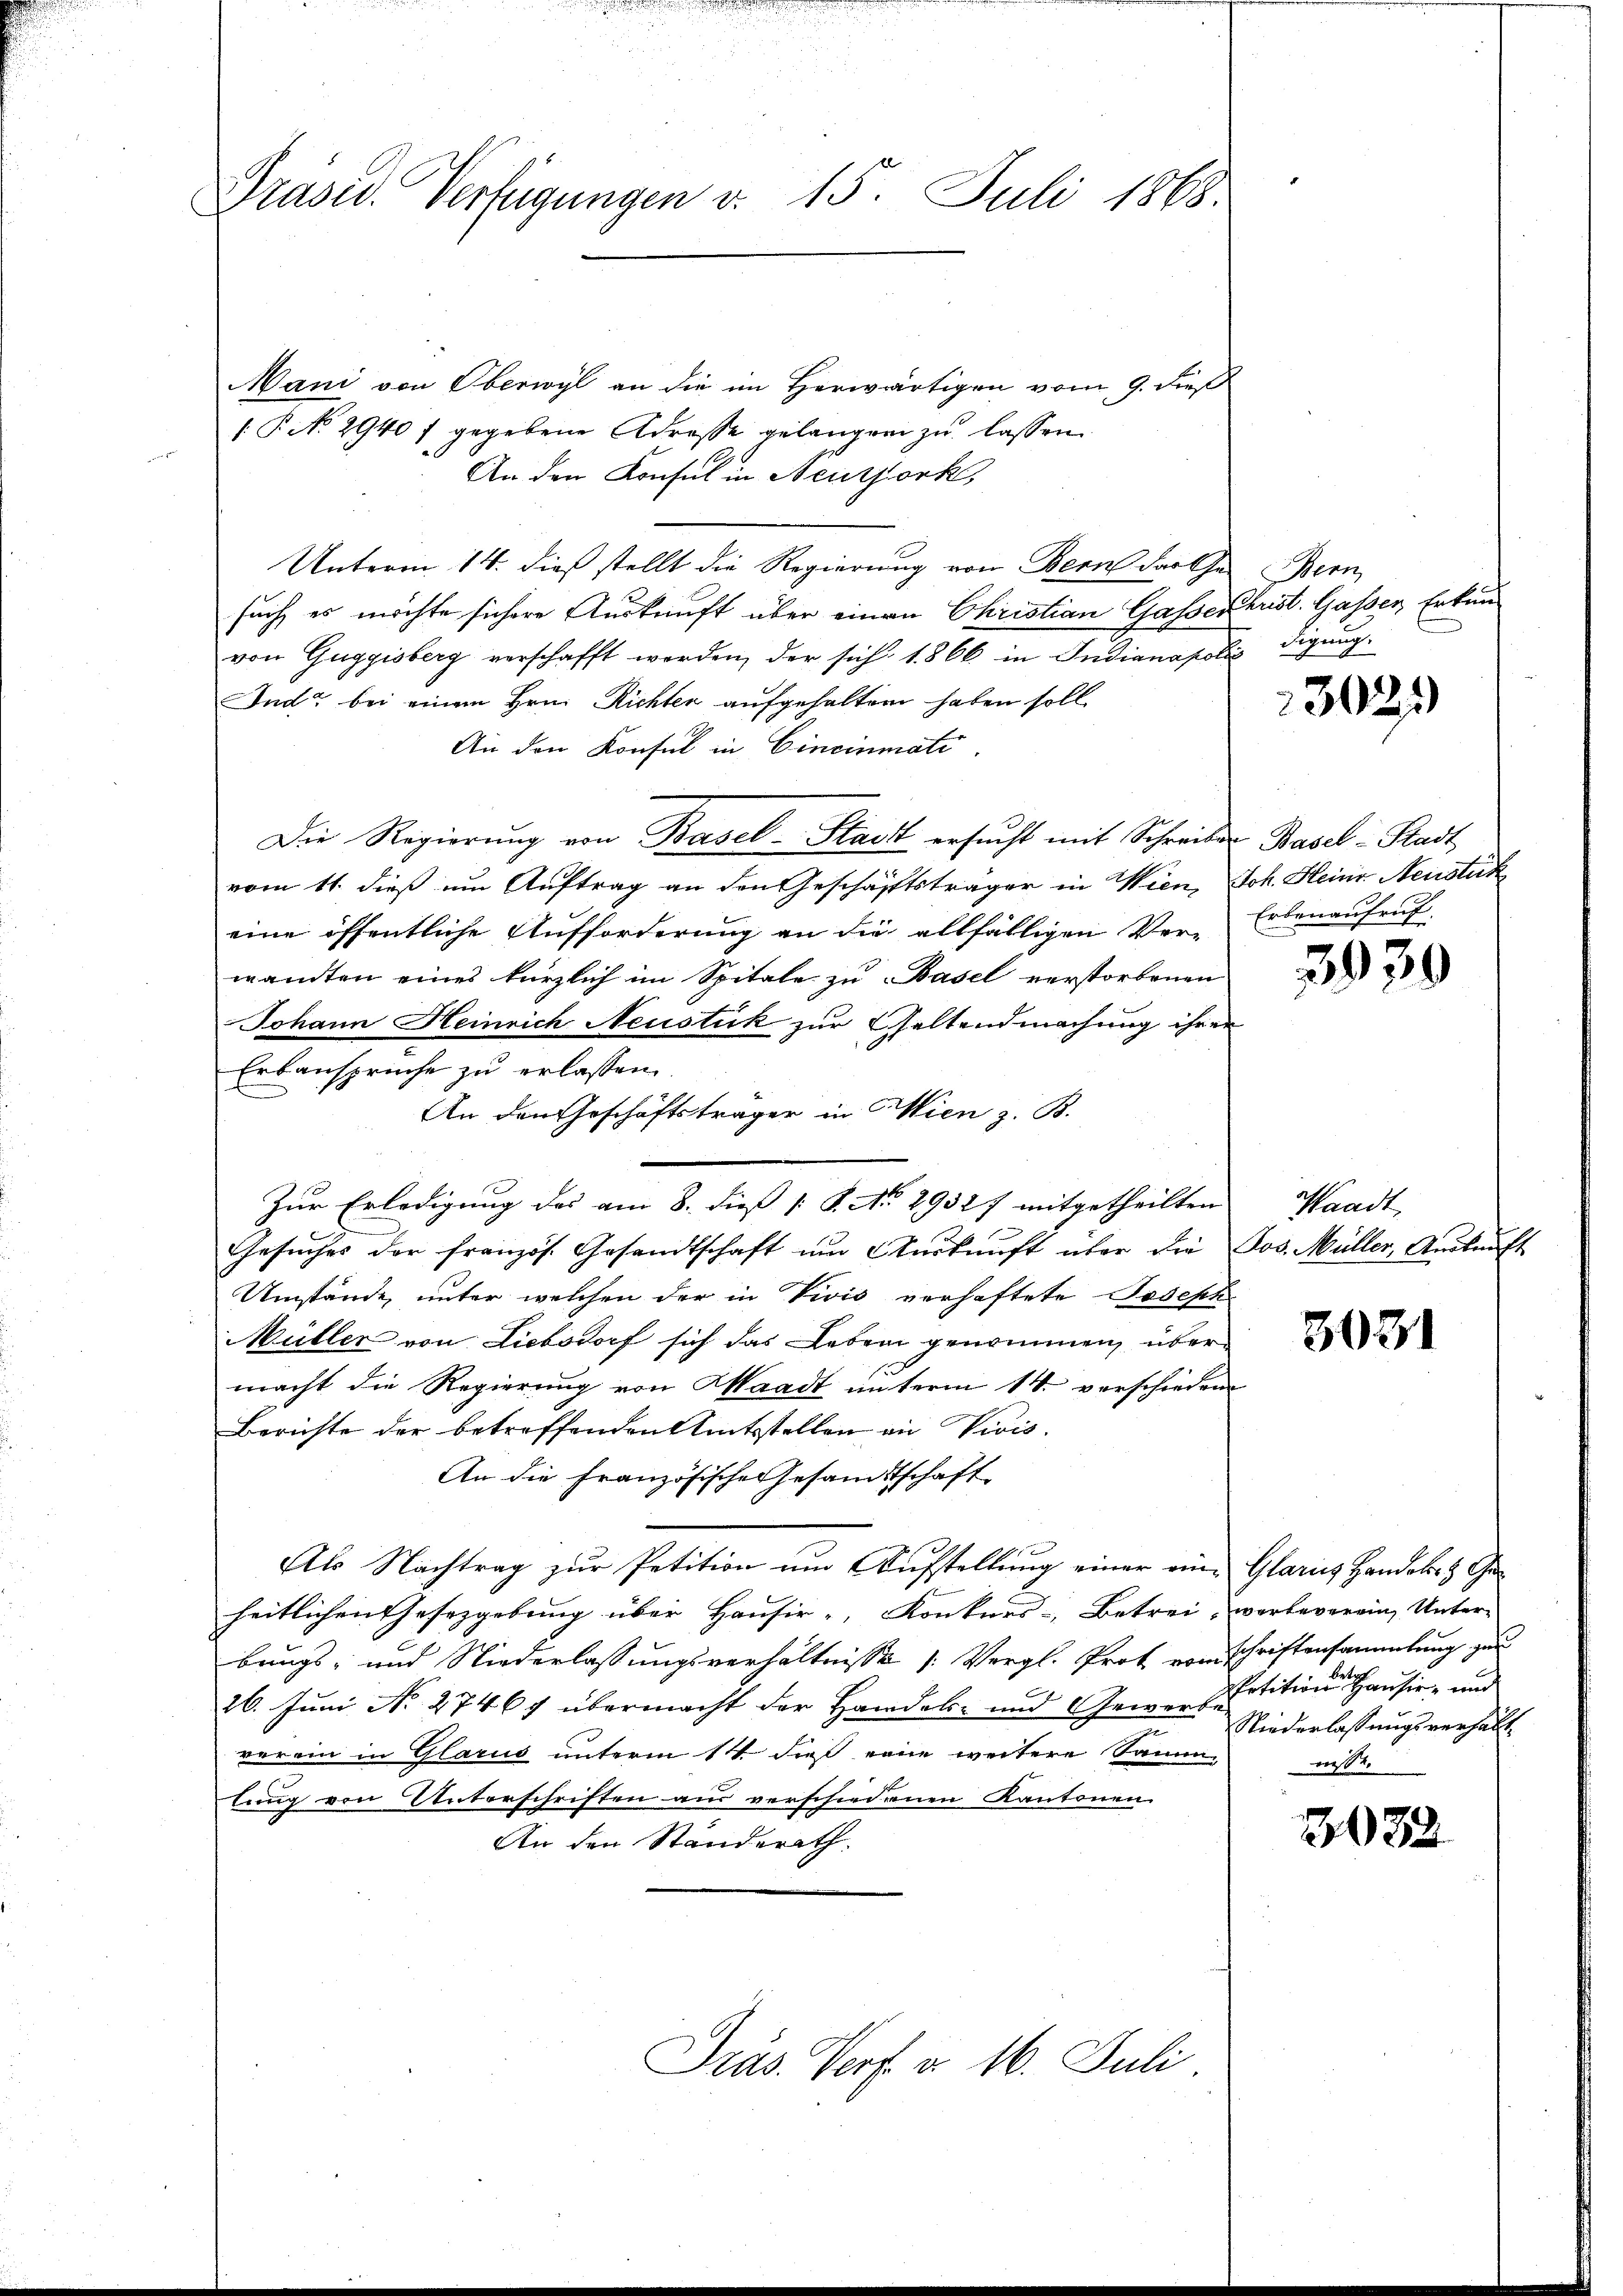
Prased. Verfügungen v. 15. Juli 1868.

Mani von Oberwyl an die im Herwärtigen vom 9. dieß
[P No 2940f gegebene Adresse gelangen zu lassen.
An den Konsul in Neutpork,
Unterm 14. dieß stellt die Regierung von Bern das Gesuch, es möchte sichere Auskunft über einen Christian Gasser Christ. Gasser Erkan
von Guggisberg verschafft werden, der sich 1866 in Indianapolis digung
Ind bei einem Hrn. Richter aufgehalten haben soll
An den Konsul in Cincinmati
Die Regierŭng von Basel-Stack ersucht mit Schreiben Basel-Stadt,
vom 11. dieß um Auftrag an den Geschäftsträger in Wien, Joh. Heine Neustük
eine öffentliche Aufforderung an die allfälligen Ver-
wandten eines kürzlich im Spitale zu Basel verstorbenen
Johann Heinrich Neustük zur Geltendmachung ihrer
Erbanspruche zu erlassen.
An den Geschäftsträger in Wien z. B.
Zur Erledigung des am 8. dieß [ P. No. 29327 mitgetheilten
Gesŭches der französ. Gesandtschaft ŭm Aŭskŭnft über die Jos. Müller, Aŭskŭnft
Umstände, unter welchen der in Divis verhaftete Joseph
Müller von Liebsdorf sich das Leben genommen, übermacht die Regierung von Waadt unterm 14. verschieden
Berichte der betreffenden Amtsstellen an Vicis.
An die Französische Gesandtschaft
Als Nachtrag zur Petition um Aufstellung einer eine Glarus Handel- & Geheitlichen Gesetzgebung über Hausir-, Konkurs- Betrei, verbeverein, Unter-
brings- und Niederlassungsverhältnisse (Vergl. Prof vom Schriftensammlung zur
26. Juni No 27467 übermacht der Handel- und Gewerbstition Hausir- und
verein in Glarus unterm 14. dieß eine weitere Samm-
lung von Unterschriften aus verschiedenen Kantonen
An den Standerath.

Präs. Verf. v. 16. Juli.

Denn

3024)

Erbenaufruf

3930

Waadt,

3031

Niederlassungsverhält
nisse.

2082